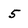
Character: 5